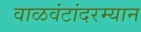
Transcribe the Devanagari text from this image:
वाळवंटांदरम्यान